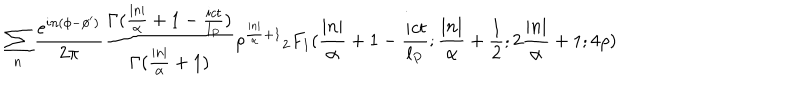
\sum _ { n } \frac { e ^ { i n ( \phi - \phi ^ { \prime } ) } } { 2 \pi } \frac { \Gamma ( \frac { | n | } { \alpha } + 1 - \frac { i c t } { l _ { P } } ) } { \Gamma ( \frac { | n | } { \alpha } + 1 ) } \rho ^ { \frac { | n | } { \alpha } + 1 } { _ 2 F _ { 1 } } ( \frac { | n | } { \alpha } + 1 - \frac { i c t } { l _ { P } } ; \frac { | n | } { \alpha } + \frac { 1 } { 2 } ; 2 \frac { | n | } { \alpha } + 1 ; 4 \rho )